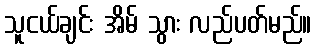
သူငယ်ချင်း အိမ် သွား လည်ပတ်မည်။